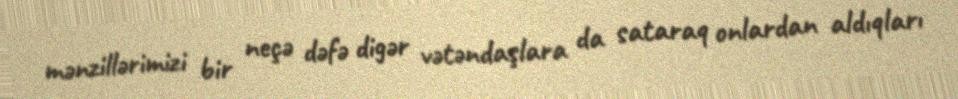
mənzillərimizi bir neçə dəfə digər vətəndaşlara da sataraq onlardan aldıqları